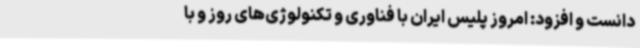
دانست و افزود: امروز پلیس ایران با فناوری و تکنولوژی‌های روز و با